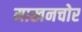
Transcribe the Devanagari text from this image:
माखनचोर